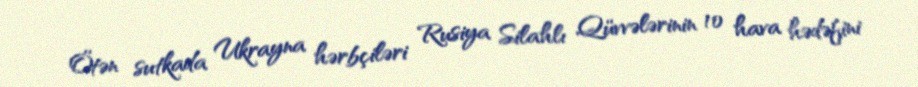
Ötən sutkada Ukrayna hərbçiləri Rusiya Silahlı Qüvvələrinin 10 hava hədəfini